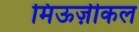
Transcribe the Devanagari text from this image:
मिऊज़ीकल